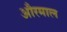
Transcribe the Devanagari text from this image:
औरमाल